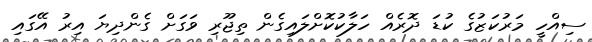
ސިއްހީ މަރުކަޒުގެ ކުޑަ ދޮރެއް ހަލާކުކޮށްލައިގެން ތިޖޫރި ވަގަށް ގެންދިޔަ އިރު އޭގައި